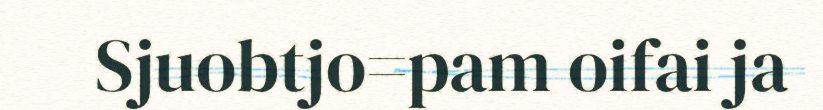
Sjuobtjo=pam oifai ja